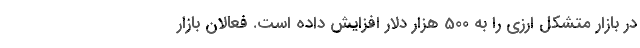
در بازار متشکل ارزی را به 500 هزار دلار افزایش داده است. فعالان بازار